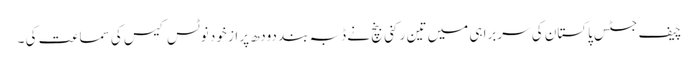
چیف جسٹس پاکستان کی سربراہی میں تین رکنی بنچ نے ڈبہ بند دودھ پر از خود نوٹس کیس کی سماعت کی ۔